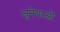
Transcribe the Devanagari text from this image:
जुनेयाओ